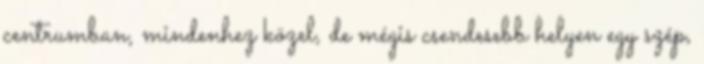
centrumban, mindenhez közel, de mégis csendesebb helyen egy szép,